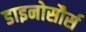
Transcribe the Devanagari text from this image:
डाइनोसौर्स